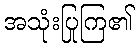
အသုံးပြုကြ၏